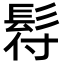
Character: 𩬙